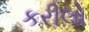
કરીલો